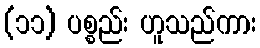
(၁၁) ပစ္စည်း ဟူသည်ကား